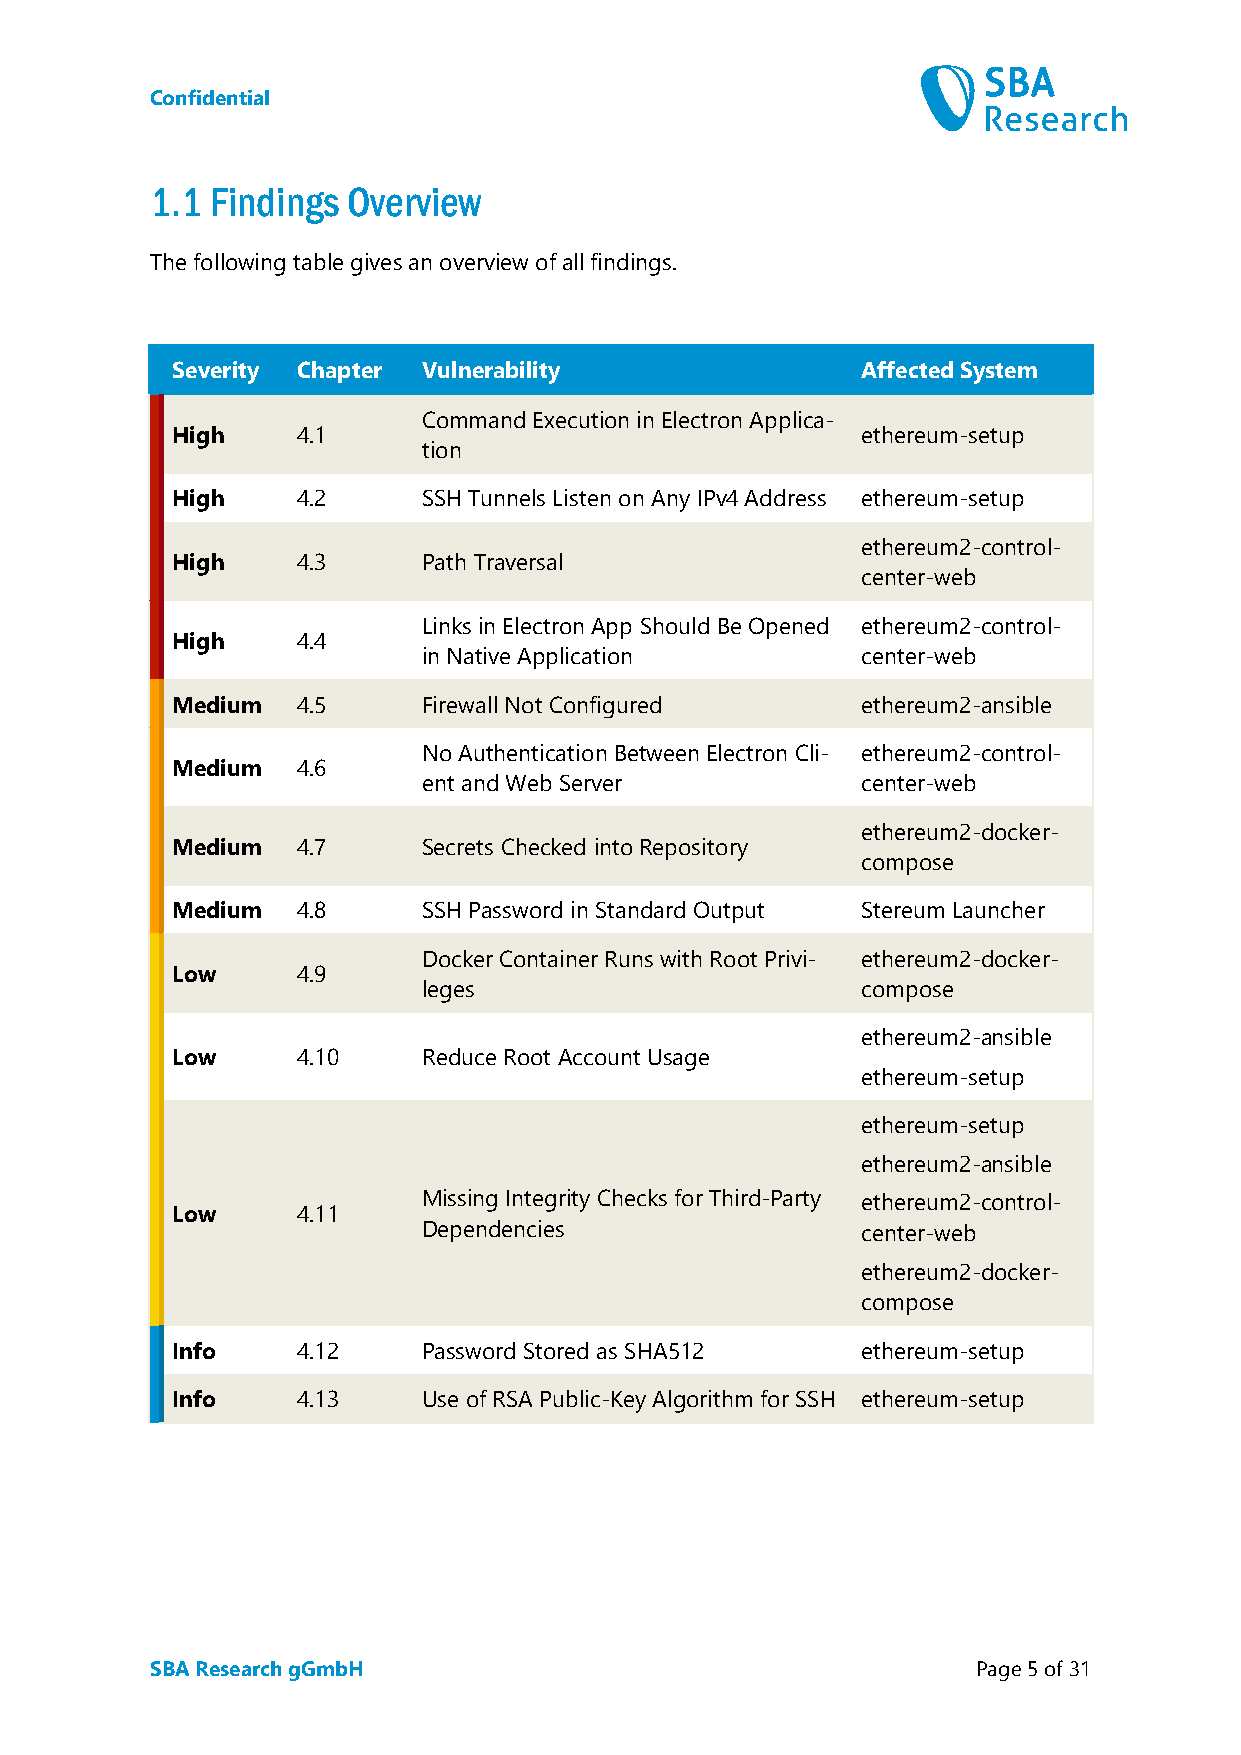
Confidential
 1.1 Findings Overview
 The following table gives an overview of all findings.
 Severity Chapter Vulnerability                Affected System
 Command Execution in Electron Applica-
 High     4.1                                  ethereum-setup
 tion
 High     4.2     SSH Tunnels Listen on Any IPv4 Address ethereum-setup
 ethereum2-control-
 High     4.3     Path Traversal
 center-web
 Links in Electron App Should Be Opened ethereum2-control-
 High     4.4
 in Native Application        center-web
 Medium   4.5     Firewall Not Configured      ethereum2-ansible
 No Authentication Between Electron Cli- ethereum2-control-
 Medium   4.6
 ent and Web Server           center-web
 ethereum2-docker-
 Medium   4.7     Secrets Checked into Repository
 compose
 Medium   4.8     SSH Password in Standard Output Stereum Launcher
 Docker Container Runs with Root Privi- ethereum2-docker-
 Low      4.9
 leges                        compose
 ethereum2-ansible
 Low      4.10    Reduce Root Account Usage
 ethereum-setup
 ethereum-setup
 ethereum2-ansible
 Missing Integrity Checks for Third-Party ethereum2-control-
 Low      4.11
 Dependencies                 center-web
 ethereum2-docker-
 compose
 Info     4.12    Password Stored as SHA512    ethereum-setup
 Info     4.13    Use of RSA Public-Key Algorithm for SSH ethereum-setup
 SBA Research gGmbH                                     Page 5 of 31